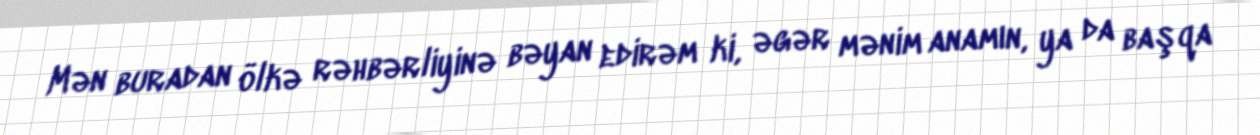
Mən buradan ölkə rəhbərliyinə bəyan edirəm ki, əgər mənim anamın, ya da başqa